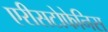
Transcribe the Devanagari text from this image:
एरीसटोफेनिस